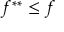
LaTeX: f ^ { * * } \leq f